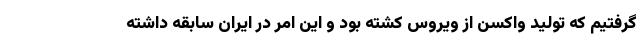
گرفتیم که تولید واکسن از ویروس کشته بود و این امر در ایران سابقه داشته